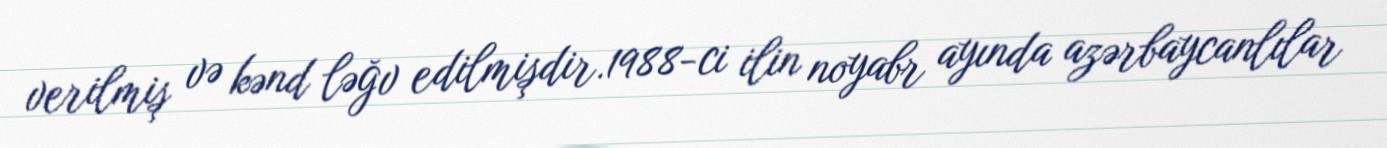
verilmiş və kənd ləğv edilmişdir.1988-ci ilin noyabr ayında azərbaycanlılar